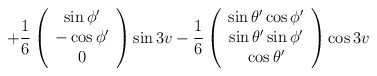
\begin{align*}\qquad\!\!\!\!\! +{1\over 6} \left( \begin{array}{c} \sin{\phi'} \\ -\cos{\phi'} \\ 0 \end{array} \right) \sin{3v} -{1\over 6} \left( \begin{array}{c} \sin{\theta'}\cos{\phi'} \\ \sin{\theta'}\sin{\phi'} \\ \cos{\theta'} \end{array} \right) \cos{3v}\end{align*}